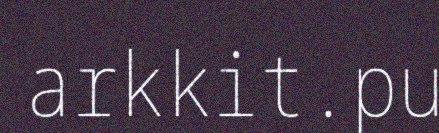
arkkit.pu